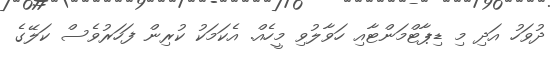
ދުވަހު އަދި މި ޑިޕާޓްމަންޓާއި ހަވާލުވި މީހެއް. އެކަމަކު ކުރިން ފަހަރުވެސް ކަލޭގެ